Vaccination in the Punjab 1905-1918 - 1905-1918
Year: 1905
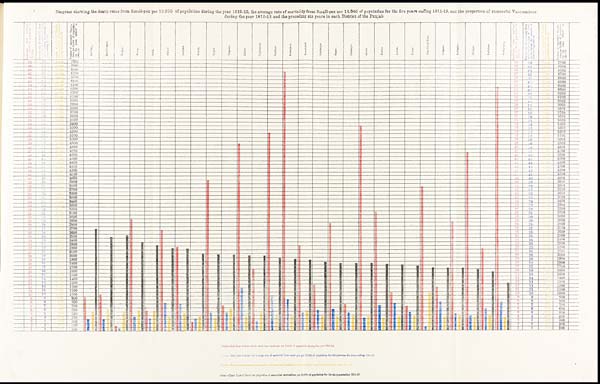
Diagram showing the death-rates from Small-pox per 10,000 of population during the year 1912-13, the average rate of mortality from Small-pox per 10,000 of population for the five years ending 1911-12, and the proportion of successful Vaccinations
during the year 1912-13 and the preceding six years in each District of the Punjab.